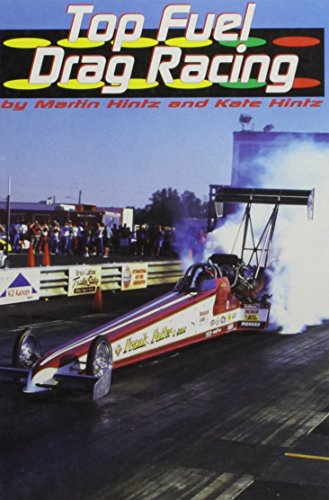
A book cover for Top Fuel Drag Racing (Drag Racing (Capstone)); Martin Hintz; Teen & Young Adult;